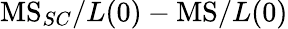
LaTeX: \textrm{MS}_{SC}/L(0)-\textrm{MS}/L(0)